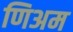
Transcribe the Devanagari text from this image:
णिअम